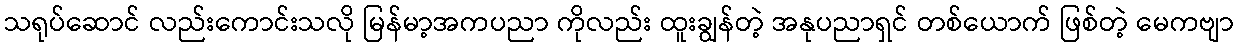
သရုပ်ဆောင် လည်းကောင်းသလို မြန်မာ့အကပညာ ကိုလည်း ထူးချွန်တဲ့ အနုပညာရှင် တစ်ယောက် ဖြစ်တဲ့ မေကဗျာ